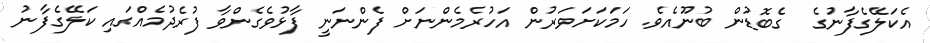
އެކަލޭގެފާނުގެ  ގެބޮޑުން ބުނޫއެވެ. ހަމަކަށަވަރުން އަހުރެމެންނަށް ފެންނަނީ ފާޅުވެގެންވާ ފުރެދުމެއްގައި ކަލޭގެފާނު